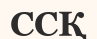
ССҚ